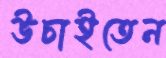
উচাইতেন